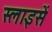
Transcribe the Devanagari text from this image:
स्लाइसें